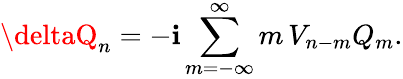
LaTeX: \deltaQ_{n}=-\mathbf{i}\sum_{m=-\infty}^{\infty}m\, V_{n-m}Q_{m}.